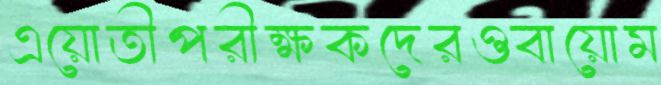
এয়োতীপরীক্ষকদেরওবায়োম